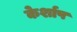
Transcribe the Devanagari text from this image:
केर्शाप